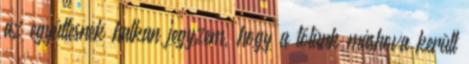
az együttesnek halkan jegyzem, hogy a tőlünk máshova került